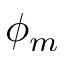
\phi _ { m }